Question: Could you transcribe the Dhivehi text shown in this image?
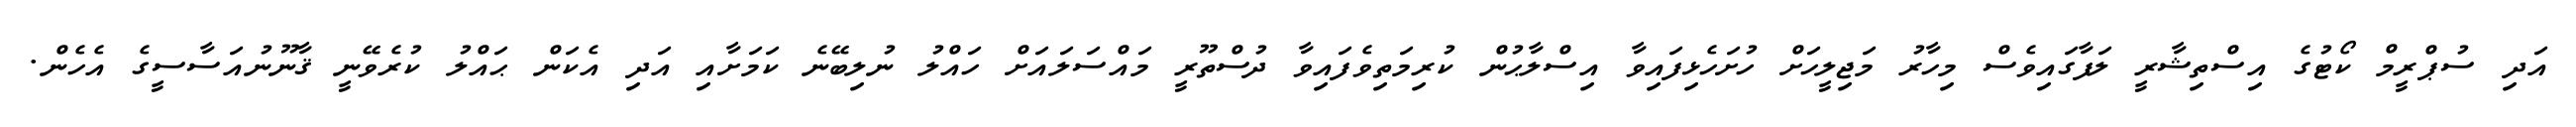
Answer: އަދި ސުޕްރީމް ކޯޓުގެ އިސްތިޝާރީ ލަފާގައިވެސް މިހާރު މަޖިލީހަށް ހުށަހެޅިފައިވާ އިސްލާޙުން ކުރިމަތިވެފައިވާ ދުސްތޫރީ މައްސަލައަށް ހައްލު ނުލިބޭނެ ކަމަށާއި އަދި އެކަން ޙައްލު ކުރެވޭނީ ޤާނޫނުއަސާސީގެ އެހެން.